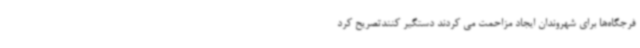
فرجگاه‌ها برای شهروندان ایجاد مزاحمت می کردند دستگیر کنندتصریح کرد